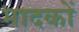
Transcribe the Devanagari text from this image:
मादकों